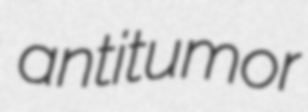
antitumor